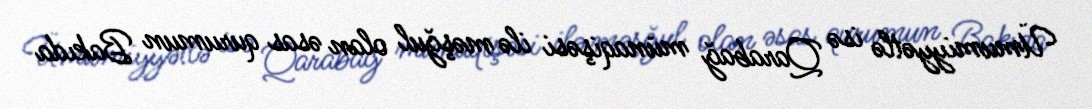
Ümumiyyətlə isə Qarabağ münaqişəsi ilə məşğul olan əsas qurumun Bakıda